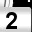
Digit: 2